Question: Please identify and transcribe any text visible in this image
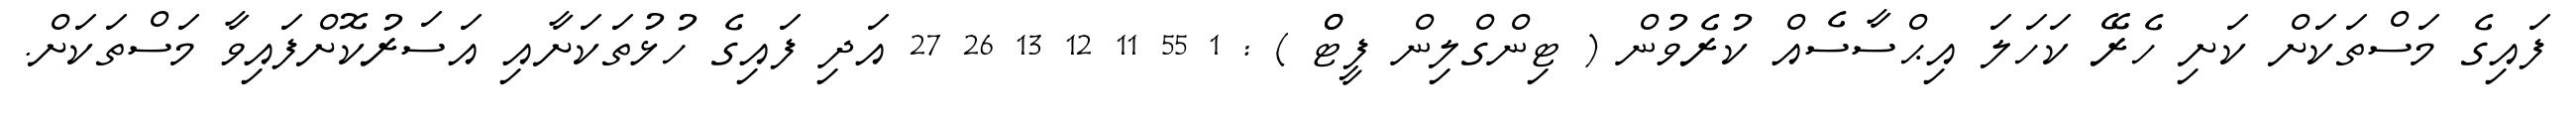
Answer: ފައިގެ މަސްތަކަށް ކަށި ހެރޭ ކަހަލަ އިޙްސާސެއް ކުރެވުން ( ޓިންގްލިން ފީޓްް ) : 1 55 11 12 13 26 27 އަދި ފައިގެ ހުޅުތަކަށާއި އަސަރުކޮށްފައިވާ މަސްތަކަށް.